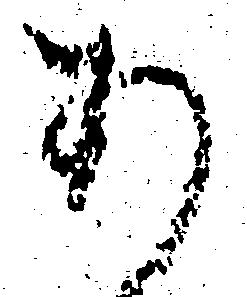
あ